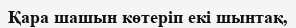
Қара шашын көтеріп екі шынтақ,